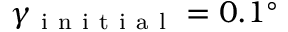
\gamma _ { \mathrm { ~ i ~ n ~ i ~ t ~ i ~ a ~ l ~ } } = 0 . 1 ^ { \circ }